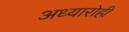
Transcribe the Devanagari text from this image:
अध्यारोही